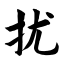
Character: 扰